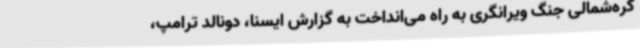
کره‌شمالی جنگ ویرانگری به راه می‌انداخت به گزارش ایسنا، دونالد ترامپ،